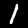
Digit: 1